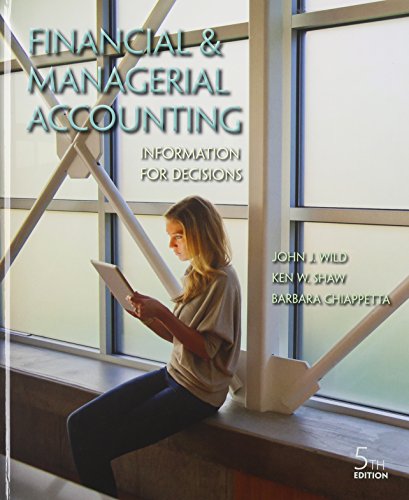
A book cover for Financial and Managerial Accounting: Information for Decisions; John Wild; Business & Money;